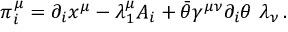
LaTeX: \pi _ { i } ^ { \mu } = \partial _ { i } x ^ { \mu } - \lambda _ { 1 } ^ { \mu } A _ { i } + \bar { \theta } \gamma ^ { \mu \nu } \partial _ { i } \theta \, \, \lambda _ { \nu } \, .